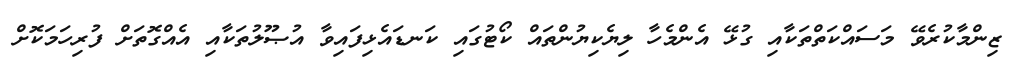
ޒިންމާކުރެވޭ މަސައްކަތްތަކާއި ގުޅޭ އެންމެހާ ލިޔެކިޔުންތައް ކޯޓުގައި ކަނޑައެޅިފައިވާ އުޞޫލުތަކާއި އެއްގޮތަށް ފުރިހަމަކޮށް